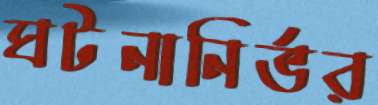
ঘটনানির্ভর